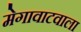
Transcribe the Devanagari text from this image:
मेगावाटवाला